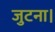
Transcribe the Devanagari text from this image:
जुटना।